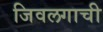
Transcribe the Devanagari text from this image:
जिवलगाची